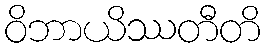
ဝိဘာယိဿတီတိ